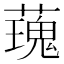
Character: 𧀐